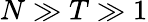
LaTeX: N\gg T\gg 1